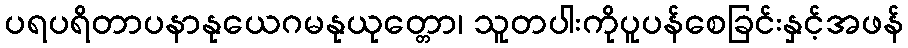
ပရပရိတာပနာနုယေဂမနုယုတ္တော၊ သူတပါးကိုပူပန်စေခြင်းနှင့်အဖန်